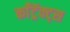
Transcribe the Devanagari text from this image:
काँट्रॅक्ट्स